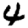
Digit: 4